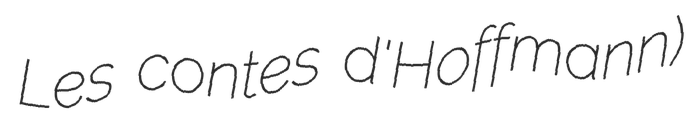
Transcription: Les contes d'Hoffmann)